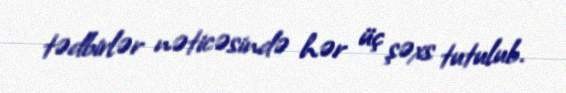
tədbirlər nəticəsində hər üç şəxs tutulub.